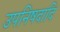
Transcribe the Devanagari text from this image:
उपनिषदादि